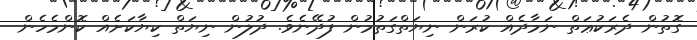
ގޮތުން ދެރަކުޢަތް ނަމާދެއް ކުރަން ނިޔަތްގަތުމުން ފުދޭނެވެ. ދުލުން ނިޔަތް ކިޔާކަށެއް ކޮންމެހެން